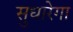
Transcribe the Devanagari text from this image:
सुधारेगा